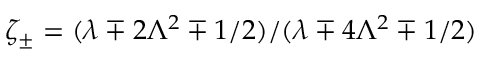
\zeta _ { \pm } = ( \lambda \mp 2 \Lambda ^ { 2 } \mp 1 / 2 ) / ( \lambda \mp 4 \Lambda ^ { 2 } \mp 1 / 2 )